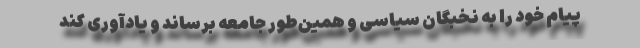
پیام خود را به نخبگان سیاسی و همین‌طور جامعه برساند و یادآوری کند